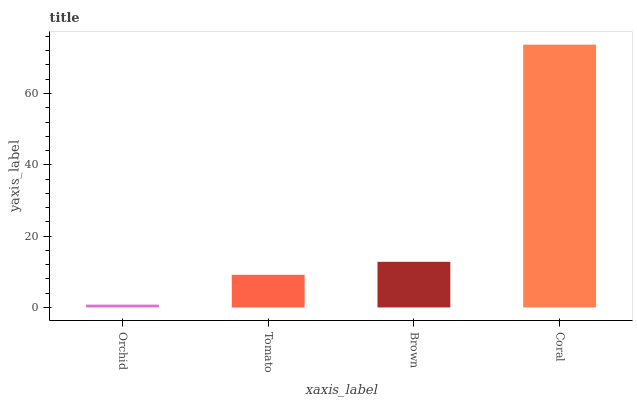
| xaxis_label | bars |
 | --- | --- |
 | Orchid | 0.794 |
 | Tomato | 9.16 |
 | Brown | 12.8 |
 | Coral | 73.7 |